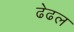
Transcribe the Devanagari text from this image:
ढेढल